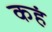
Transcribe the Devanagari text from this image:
कहं